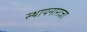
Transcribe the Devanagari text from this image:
स्थापनाराजा